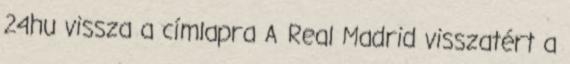
24hu vissza a címlapra A Real Madrid visszatért a